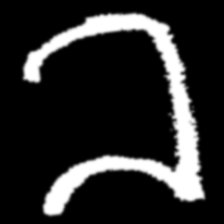
Pyu character \u2014 Myanmar letter: ခ (romanized: kha)